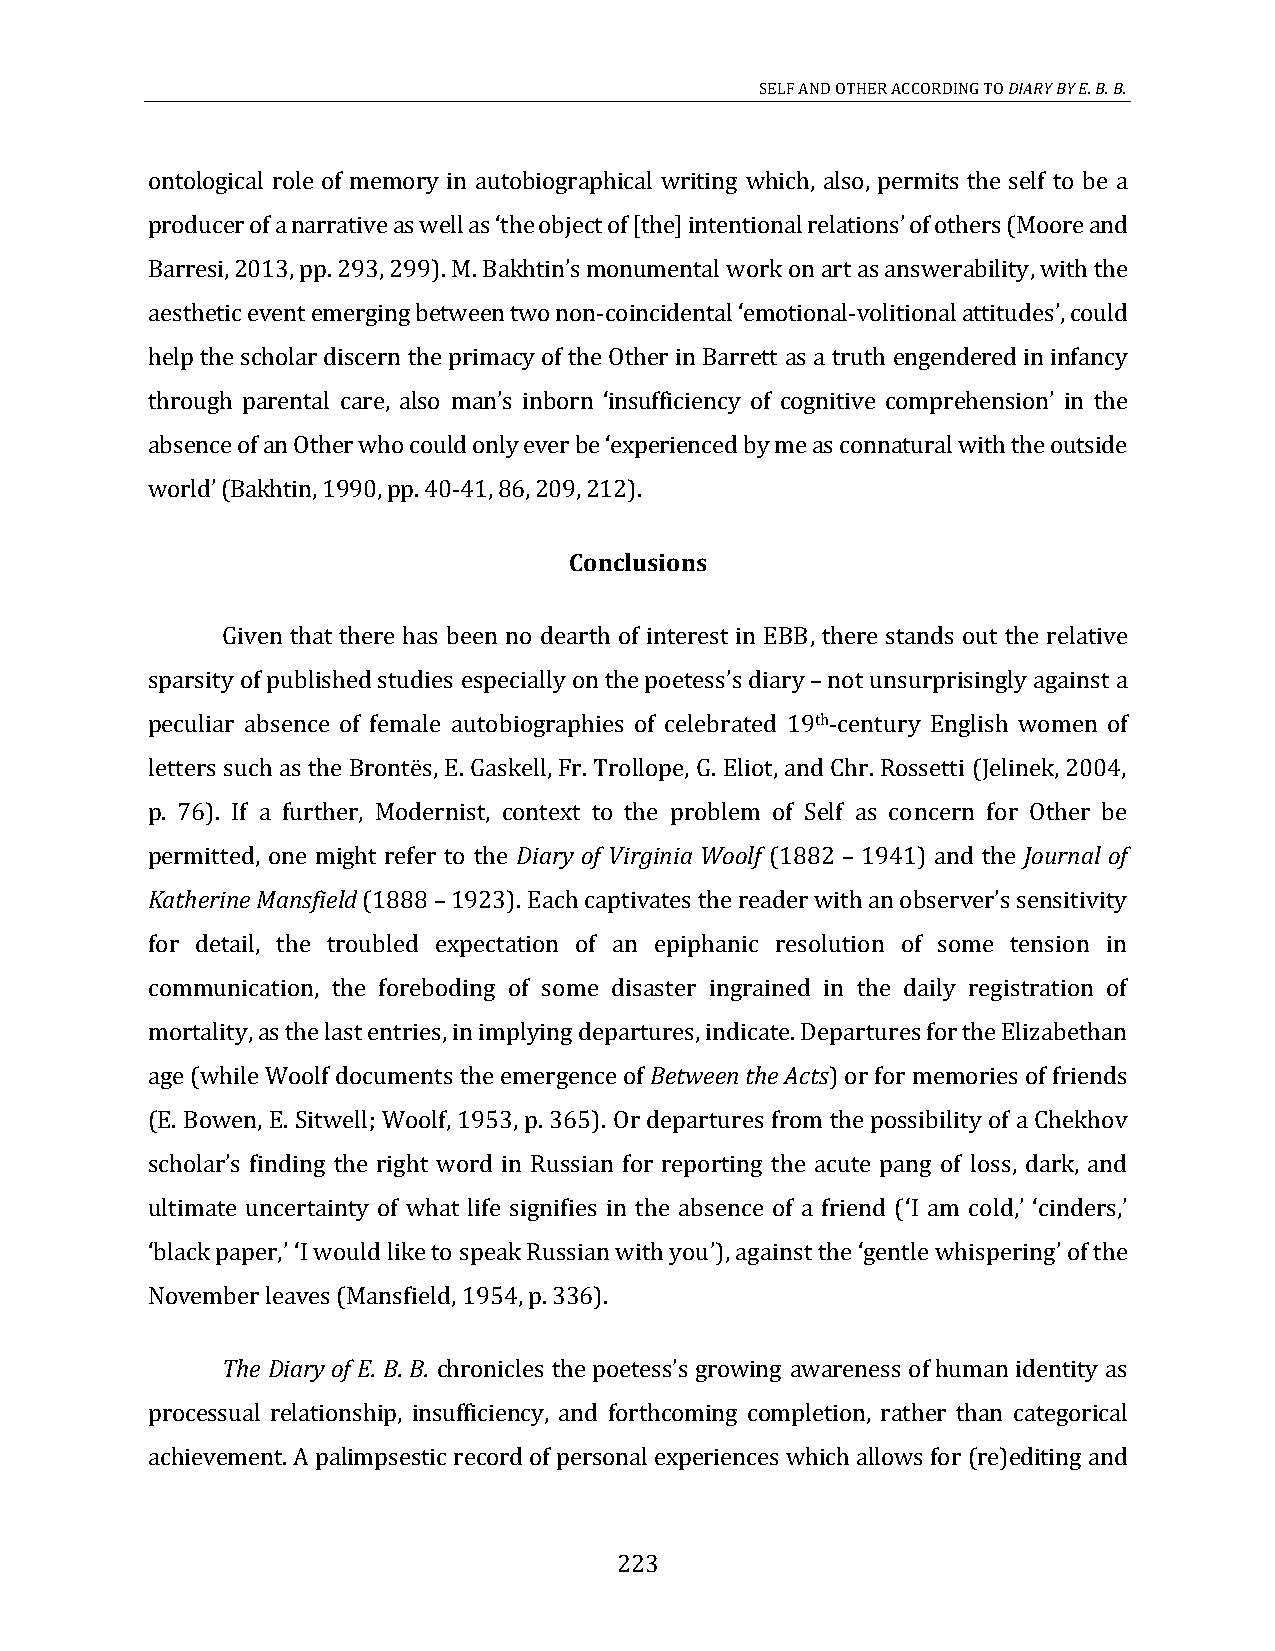
SELF AND OTHER ACCORDING TO DIARY BY E. B. B.
 ontological role of memory in autobiographical writing which, also, permits the self to be a
 producer of a narrative as well as the object of [the] intentional relations of others (Moore and
 , with the
 ‘                          ’
 aesthetic event emerging between two non-coincidental emotional-volitional attitudes, could
 Barresi, 2013, pp. 293, 299). M. Bakhtin’s monumental work on art as answerability
 help the scholar discern the primacy of the Other in Barrett as a truth engendered in infancy
 ‘                    ’
 through parental care, also m insufficiency of cognitive comprehension in the
 absence of an Other who could only ever be experienced by me as connatural with the outside
 an’s inborn ‘                         ’
 world (Bakhtin, 1990, pp. 40-41, 86, 209, 212).
 ‘
 ’
 Conclusions
 Given that there has been no dearth of interest in EBB, there stands out the relative
 sparsity of published studies especially on  not unsurprisingly against a
 peculiar absence of female autobiographies of celebrated 19th-century English women of
 the poetess’s diary–
 letters such as the Brontës, E. Gaskell, Fr. Trollope, G. Eliot, and Chr. Rossetti (Jelinek, 2004,
 p. 76). If a further, Modernist, context to the problem of Self as concern for Other be
 permitted, one might refer to the Diary of Virginia Woolf (1882 1941) and the Journal of
 Katherine Mansfield (1888 1923). E
 –
 for detail, the troubled expectation of an epiphanic resolution of some tension in
 –      ach captivates the reader with an observer’s sensitivity
 communication, the foreboding of some disaster ingrained in the daily registration of
 mortality, as the last entries, in implying departures, indicate. Departures for the Elizabethan
 age (while Woolf documents the emergence of Between the Acts) or for memories of friends
 (E. Bowen, E. Sitwell; Woolf, 1953, p. 365). Or departures from the possibility of a Chekhov
 loss, dark, and
 ultimate uncertainty of what life signifies in the absence of a friend ( I am cold, cinders,
 scholar’s finding the right word in Russian for reporting the acute pang of
 black paper, I would like to speak Russian with you), against the gentle whispering of the
 ‘      ’ ‘    ’
 November leaves (Mansfield, 1954, p. 336).
 ‘        ’‘                          ’         ‘            ’
 The Diary of E. B. B.                awareness of human identity as
 processual relationship, insufficiency, and forthcoming completion, rather than categorical
 chronicles the poetess’s growing
 achievement. A palimpsestic record of personal experiences which allows for (re)editing and
 223